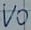
Text: VO